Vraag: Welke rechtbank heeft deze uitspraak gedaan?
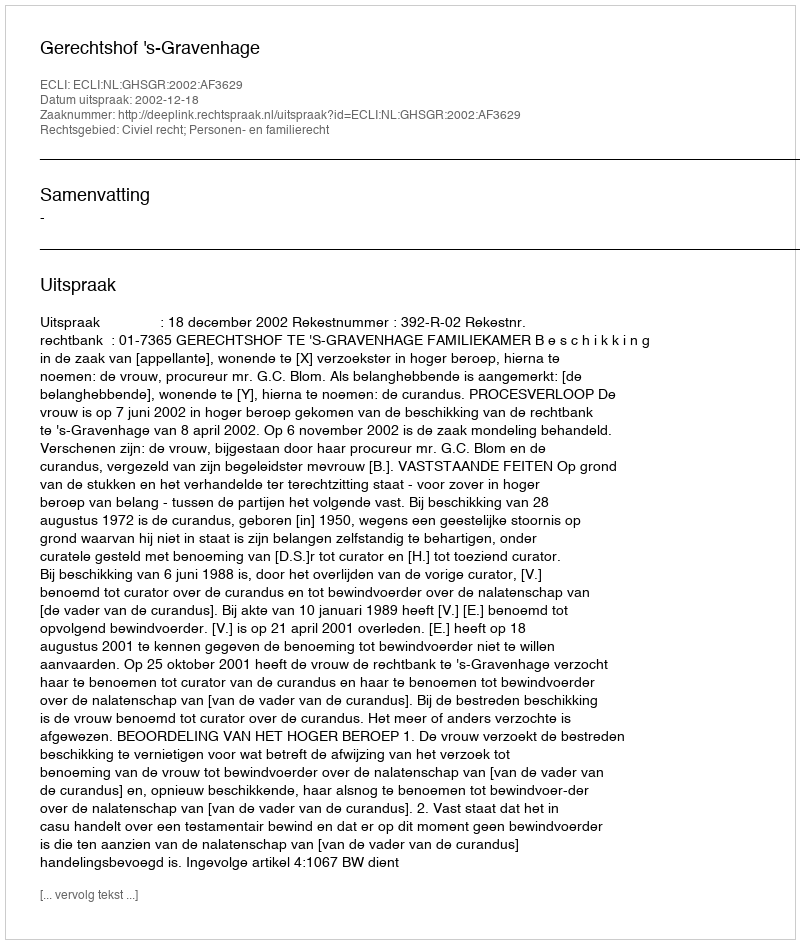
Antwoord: Gerechtshof 's-Gravenhage